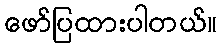
ဖော်ပြထားပါတယ်။